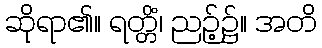
ဆိုရာ၏။ ရတ္တိံ၊ ညဉ့်၌။ အတိ